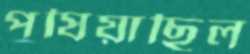
পুষিয়াছিল